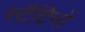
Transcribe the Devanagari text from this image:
स्टैटिनों